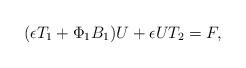
LaTeX: \begin{align*}(\epsilon T_1+ \Phi_1B_1)U+\epsilon UT_2 = F ,\end{align*}